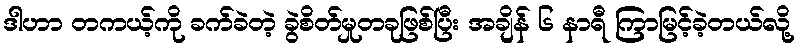
ဒါဟာ တကယ့်ကို ခက်ခဲတဲ့ ခွဲစိတ်မှုတခုဖြစ်ပြီး အချိန် ၆ နာရီ ကြာမြင့်ခဲ့တယ်လို့